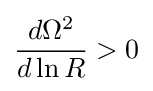
{\frac {d\Omega ^{2}}{d\ln R}}>0